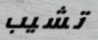
تشيب